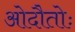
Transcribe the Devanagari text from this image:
ओदौतोः